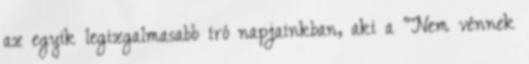
az egyik legizgalmasabb író napjainkban, aki a "Nem vénnek